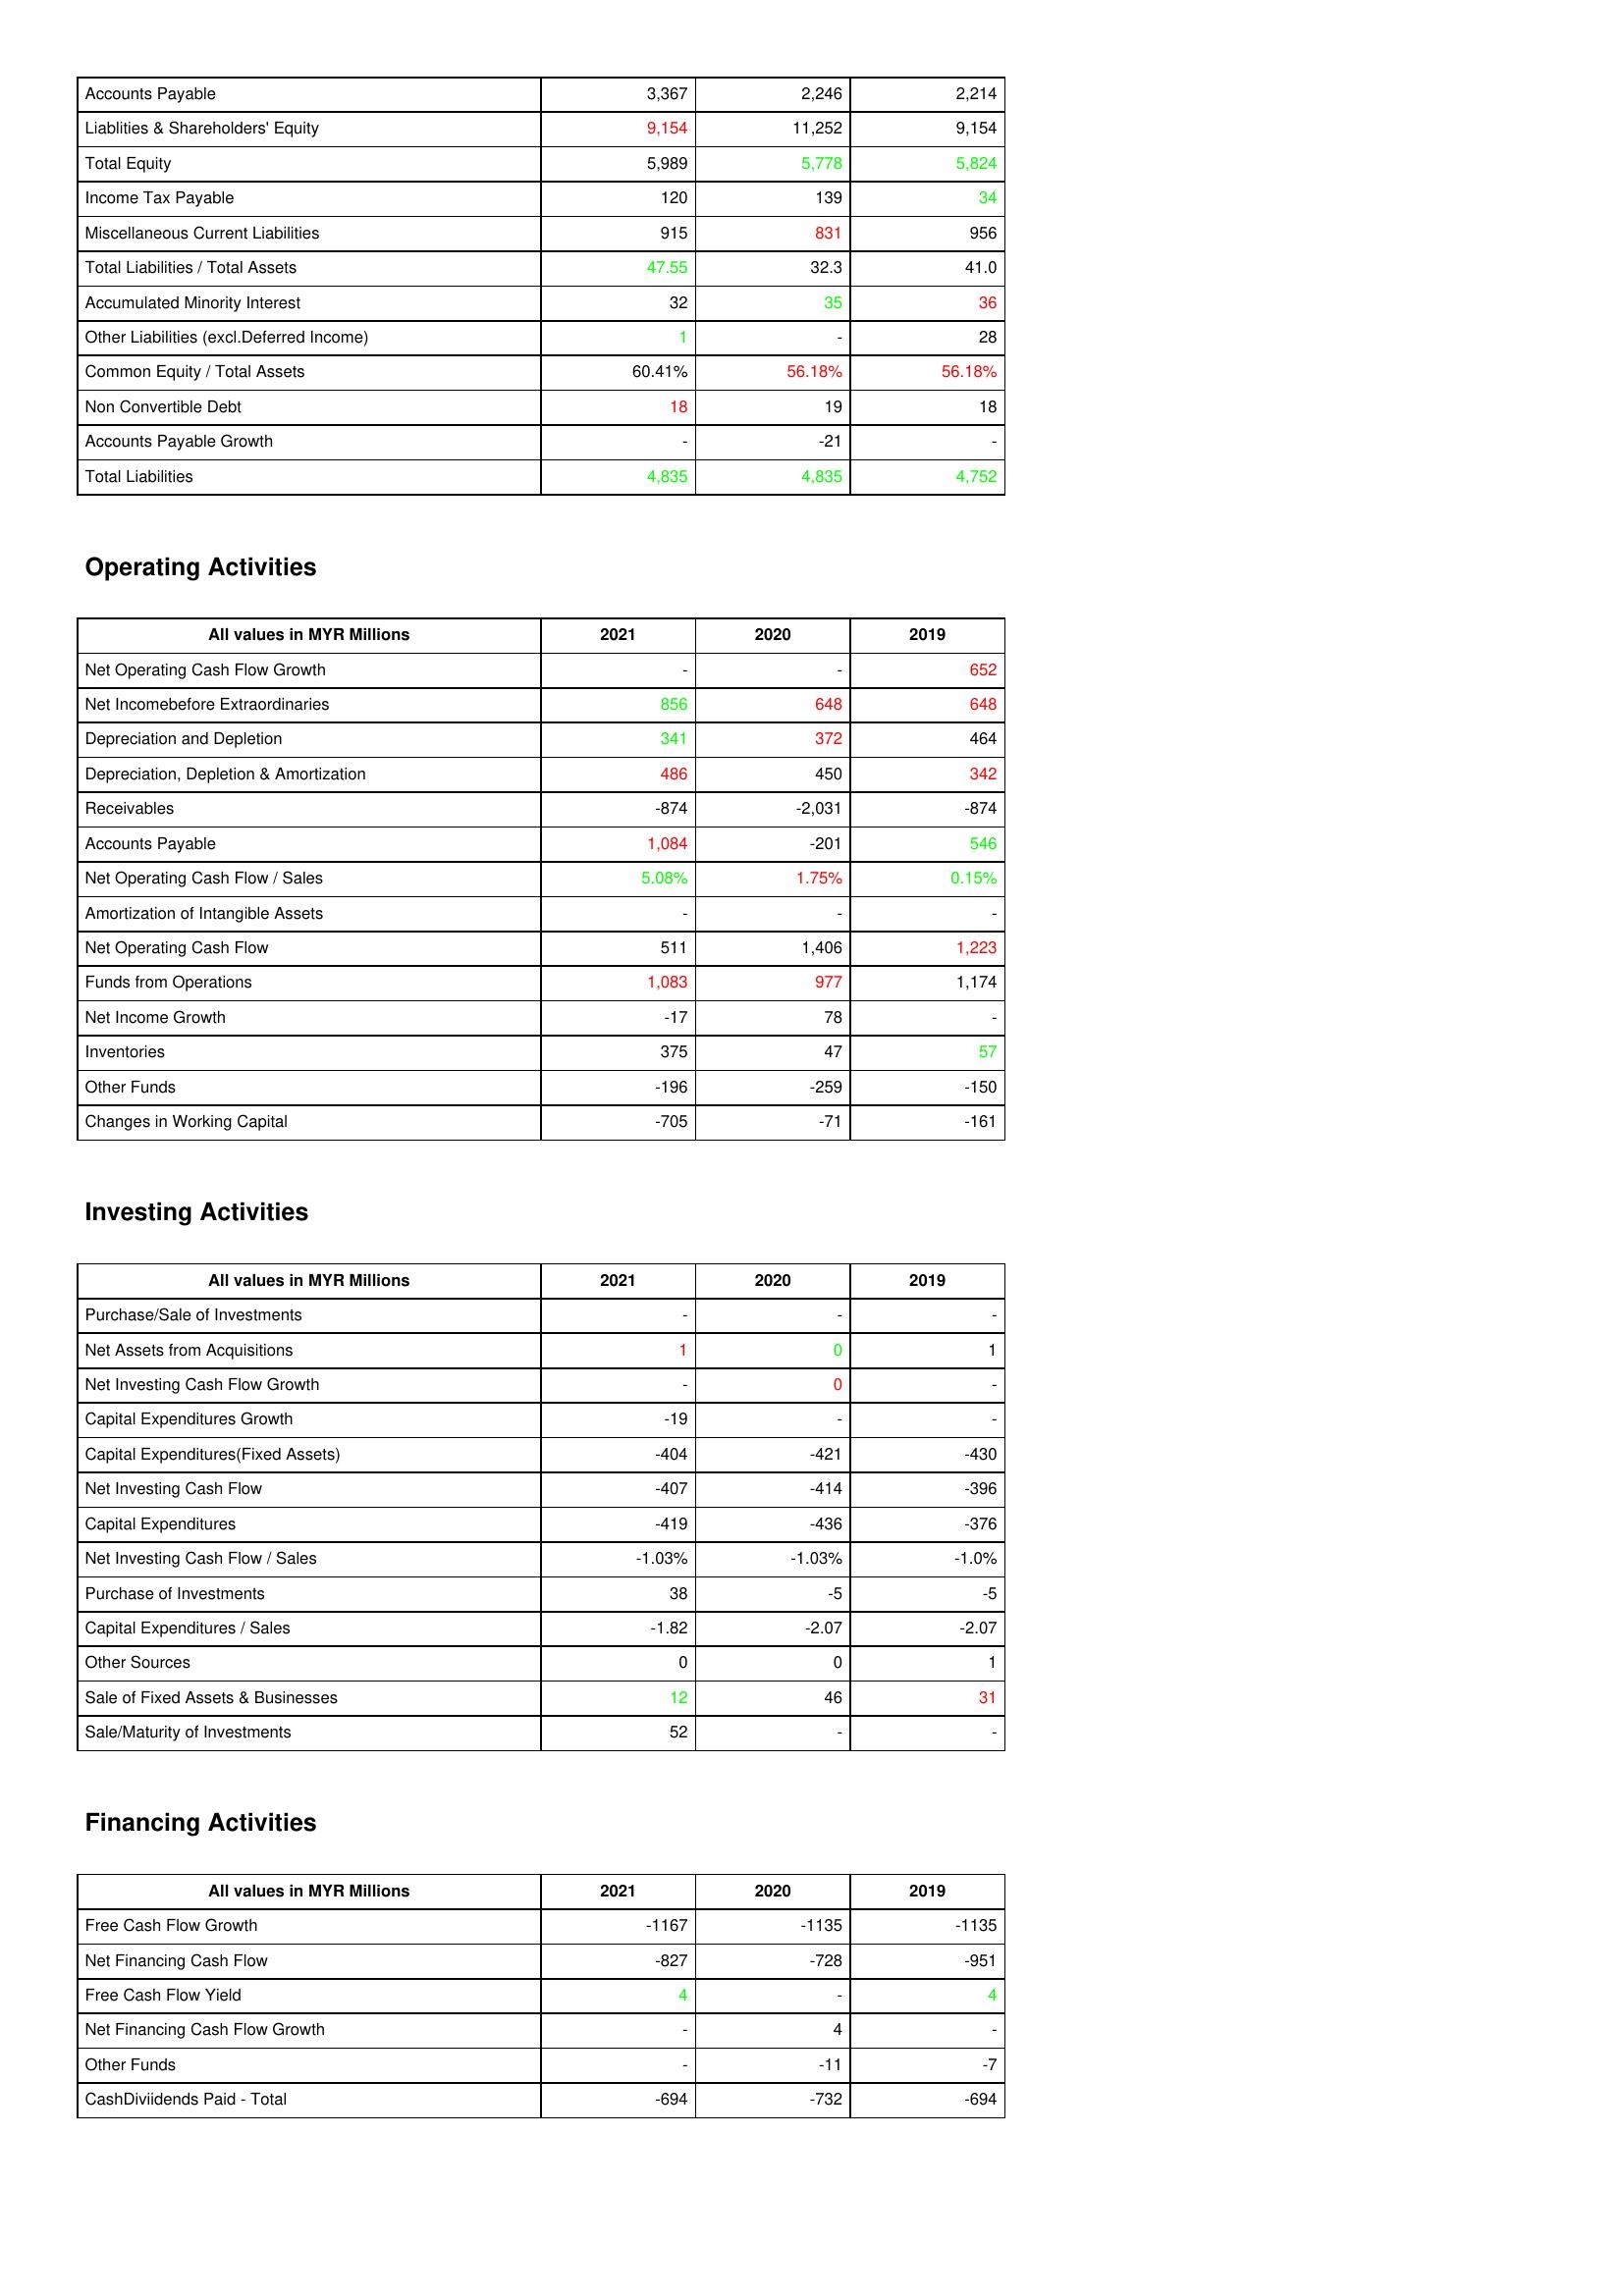
gt_parse: 2021: Liabilities & Shareholder's Equity: Accounts Payable: 3,367
Liablities & Shareholders' Equity: 9,154
Total Equity: 5,989
Income Tax Payable: 120
Miscellaneous Current Liabilities: 915
Total Liabilities / Total Assets: 47.55
Accumulated Minority Interest: 32
Other Liabilities (excl.Deferred Income): 1
Common Equity / Total Assets: 60.41%
Non Convertible Debt: 18
Accounts Payable Growth: -
Total Liabilities: 4,835
Operating Activities: Net Operating Cash Flow Growth: -
Net Incomebefore Extraordinaries: 856
Depreciation and Depletion: 341
Depreciation, Depletion & Amortization: 486
Receivables: -874
Accounts Payable: 1,084
Net Operating Cash Flow / Sales: 5.08%
Amortization of Intangible Assets: -
Net Operating Cash Flow: 511
Funds from Operations: 1,083
Net Income Growth: -17
Inventories: 375
Other Funds: -196
Changes in Working Capital: -705
Investing Activities: Purchase/Sale of Investments: -
Net Assets from Acquisitions: 1
Net Investing Cash Flow Growth: -
Capital Expenditures Growth: -19
Capital Expenditures(Fixed Assets): -404
Net Investing Cash Flow: -407
Capital Expenditures: -419
Net Investing Cash Flow / Sales: -1.03%
Purchase of Investments: 38
Capital Expenditures / Sales: -1.82
Other Sources: 0
Sale of Fixed Assets & Businesses: 12
Sale/Maturity of Investments: 52
Financing Activities: Free Cash Flow Growth: -1167
Net Financing Cash Flow: -827
Free Cash Flow Yield: 4
Net Financing Cash Flow Growth: -
Other Funds: -
CashDiviidends Paid - Total: -694
2020: Liabilities & Shareholder's Equity: Accounts Payable: 2,246
Liablities & Shareholders' Equity: 11,252
Total Equity: 5,778
Income Tax Payable: 139
Miscellaneous Current Liabilities: 831
Total Liabilities / Total Assets: 32.3
Accumulated Minority Interest: 35
Other Liabilities (excl.Deferred Income): -
Common Equity / Total Assets: 56.18%
Non Convertible Debt: 19
Accounts Payable Growth: -21
Total Liabilities: 4,835
Operating Activities: Net Operating Cash Flow Growth: -
Net Incomebefore Extraordinaries: 648
Depreciation and Depletion: 372
Depreciation, Depletion & Amortization: 450
Receivables: -2,031
Accounts Payable: -201
Net Operating Cash Flow / Sales: 1.75%
Amortization of Intangible Assets: -
Net Operating Cash Flow: 1,406
Funds from Operations: 977
Net Income Growth: 78
Inventories: 47
Other Funds: -259
Changes in Working Capital: -71
Investing Activities: Purchase/Sale of Investments: -
Net Assets from Acquisitions: 0
Net Investing Cash Flow Growth: 0
Capital Expenditures Growth: -
Capital Expenditures(Fixed Assets): -421
Net Investing Cash Flow: -414
Capital Expenditures: -436
Net Investing Cash Flow / Sales: -1.03%
Purchase of Investments: -5
Capital Expenditures / Sales: -2.07
Other Sources: 0
Sale of Fixed Assets & Businesses: 46
Sale/Maturity of Investments: -
Financing Activities: Free Cash Flow Growth: -1135
Net Financing Cash Flow: -728
Free Cash Flow Yield: -
Net Financing Cash Flow Growth: 4
Other Funds: -11
CashDiviidends Paid - Total: -732
2019: Liabilities & Shareholder's Equity: Accounts Payable: 2,214
Liablities & Shareholders' Equity: 9,154
Total Equity: 5,824
Income Tax Payable: 34
Miscellaneous Current Liabilities: 956
Total Liabilities / Total Assets: 41.0
Accumulated Minority Interest: 36
Other Liabilities (excl.Deferred Income): 28
Common Equity / Total Assets: 56.18%
Non Convertible Debt: 18
Accounts Payable Growth: -
Total Liabilities: 4,752
Operating Activities: Net Operating Cash Flow Growth: 652
Net Incomebefore Extraordinaries: 648
Depreciation and Depletion: 464
Depreciation, Depletion & Amortization: 342
Receivables: -874
Accounts Payable: 546
Net Operating Cash Flow / Sales: 0.15%
Amortization of Intangible Assets: -
Net Operating Cash Flow: 1,223
Funds from Operations: 1,174
Net Income Growth: -
Inventories: 57
Other Funds: -150
Changes in Working Capital: -161
Investing Activities: Purchase/Sale of Investments: -
Net Assets from Acquisitions: 1
Net Investing Cash Flow Growth: -
Capital Expenditures Growth: -
Capital Expenditures(Fixed Assets): -430
Net Investing Cash Flow: -396
Capital Expenditures: -376
Net Investing Cash Flow / Sales: -1.0%
Purchase of Investments: -5
Capital Expenditures / Sales: -2.07
Other Sources: 1
Sale of Fixed Assets & Businesses: 31
Sale/Maturity of Investments: -
Financing Activities: Free Cash Flow Growth: -1135
Net Financing Cash Flow: -951
Free Cash Flow Yield: 4
Net Financing Cash Flow Growth: -
Other Funds: -7
CashDiviidends Paid - Total: -694